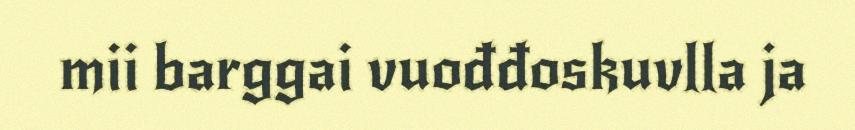
mii barggai vuođđoskuvlla ja